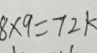
8 \times 9 = 7 2 k